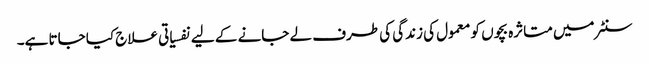
سنٹر میں متاثرہ بچوں کو معمول کی زندگی کی طرف لے جانے کے لیے نفسیاتی علاج کیا جاتا ہے۔